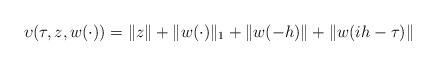
LaTeX: \begin{align*}\upsilon(\tau,z,w(\cdot)) = \|z\| + \|w(\cdot)\|_1 + \|w(-h)\| + \|w(i h - \tau)\|\end{align*}